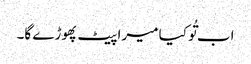
اب تُو کیا میرا پیٹ پھوڑے گا۔